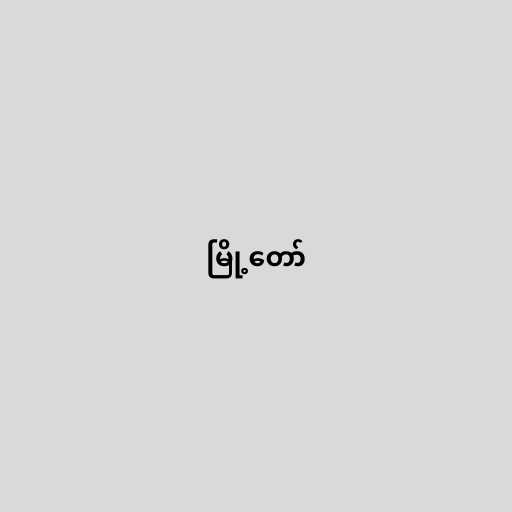
မြို့တော်